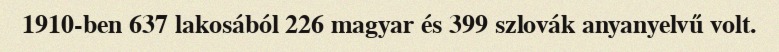
1910-ben 637 lakosából 226 magyar és 399 szlovák anyanyelvű volt.